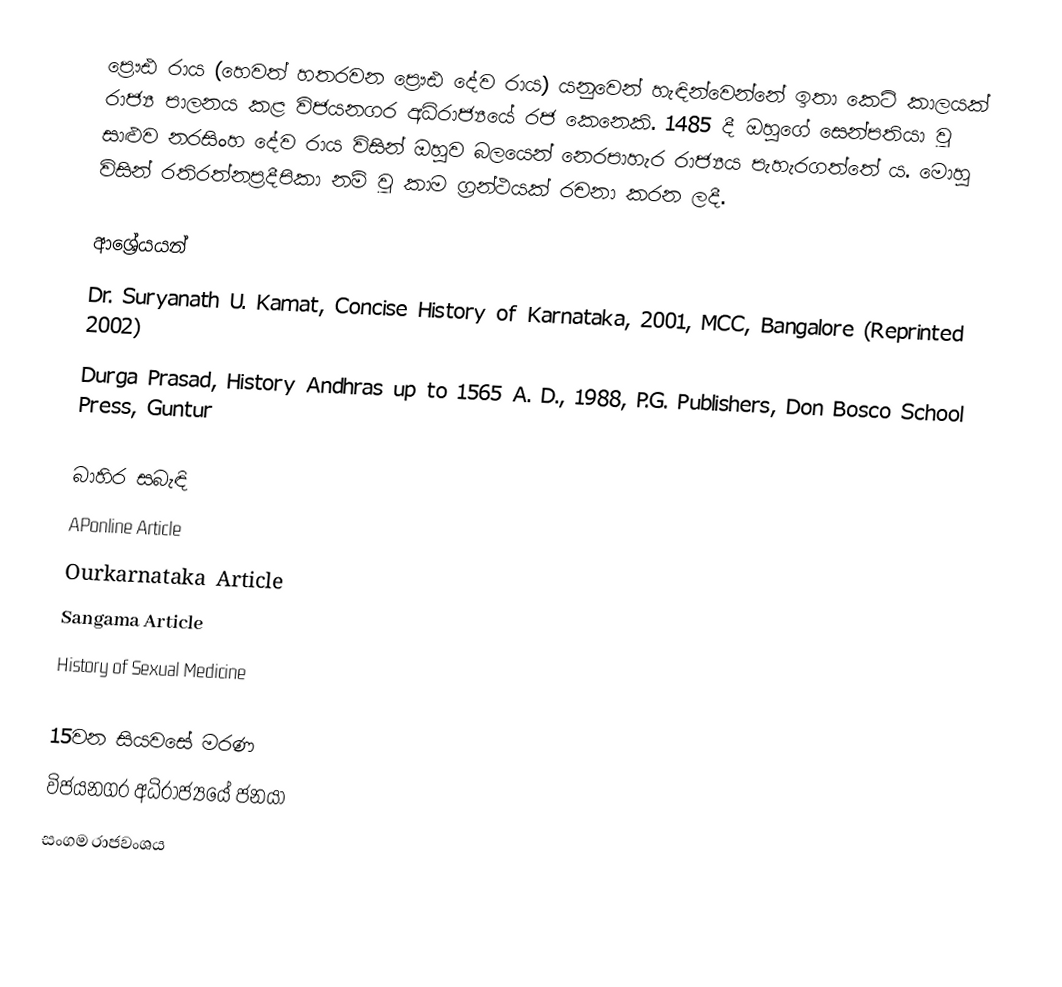
ප්‍රෞඪ රාය (හෙවත් හතරවන ප්‍රෞඪ දේව රාය) යනුවෙන් හැඳින්වෙන්නේ ඉතා කෙටි කාලයක් රාජ්‍ය පාලනය කළ විජයනගර අධිරාජ්‍යයේ රජ කෙනෙකි. 1485 දී ඔහුගේ සෙන්පතියා වූ සාළුව නරසිංහ දේව රාය විසින් ඔහුව බලයෙන් නෙරපාහැර රාජ්‍යය පැහැරගත්තේ ය. මොහු විසින් රතිරත්නප්‍රදීපිකා නම් වූ කාම ග්‍රන්ථයක් රචනා කරන ලදී.

ආශ්‍රේයයන්
 Dr. Suryanath U. Kamat, Concise History of Karnataka, 2001, MCC, Bangalore (Reprinted 2002)
 Durga Prasad, History Andhras up to 1565 A. D., 1988, P.G. Publishers, Don Bosco School Press, Guntur

බාහිර සබැඳි
APonline Article
Ourkarnataka Article
Sangama Article
History of Sexual Medicine

15වන සියවසේ මරණ
විජයනගර අධිරාජ්‍යයේ ජනයා
සංගම රාජවංශය